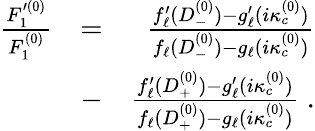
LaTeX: \begin{array}{rlr}{\frac{F_{1}^{\prime(0)}}{F_{1}^{(0)}}}&{=}&{\frac{f_{\ell}^{\prime}(D_{-}^{(0)})-g_{\ell}^{\prime}(i\kappa_{c}^{(0)})}{f_{\ell}(D_{-}^{(0)})-g_{\ell}(i\kappa_{c}^{(0)})}}\\ &{-}&{\frac{f_{\ell}^{\prime}(D_{+}^{(0)})-g_{\ell}^{\prime}(i\kappa_{c}^{(0)})}{f_{\ell}(D_{+}^{(0)})-g_{\ell}(i\kappa_{c}^{(0)})}\; .}\end{array}